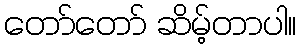
တော်တော် ဆိမ့်တာပါ။